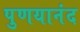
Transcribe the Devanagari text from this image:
पुणयानंद